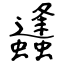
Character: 蠭